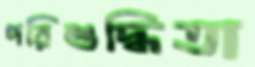
পরিশুদ্ধিতা